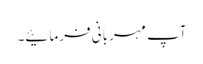
آپ مہربانی فرمائیے۔